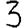
Digit: 3